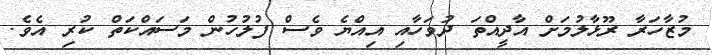
މުޒާހަރާ ރޫޅާލުމަށް އާދީއްތަ ދުވަހާއި އިއްޔެ ވެސް ފުލުހުން މަސައްކަތް ކުރި އެވެ.